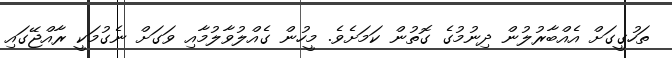
ތަހުގީގަށް އެއްބާރުލުން ދިނުމުގެ ގޮތުން ކަމަށެވެ. މީހުން ގެއްލުވާލުމާއި ވަގަށް ނެގުމަކީ ރާއްޖޭގައި